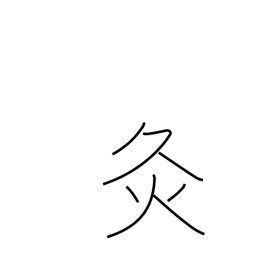
Meaning: chastisement